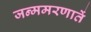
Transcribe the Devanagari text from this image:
जन्ममरणातें